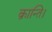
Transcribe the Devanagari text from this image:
क्रान्ति।